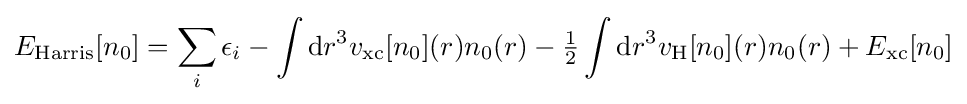
E_{\rm {Harris}}[n_{0}]=\sum _{i}\epsilon _{i}-\int \mathrm {d} r^{3}v_{\rm {xc}}[n_{0}](r)n_{0}(r)-{\tfrac {1}{2}}\int \mathrm {d} r^{3}v_{\rm {H}}[n_{0}](r)n_{0}(r)+E_{\rm {xc}}[n_{0}]